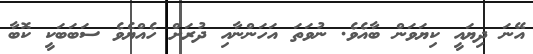
އޭނަ ދިޔައީ ކިޔަވަން ބާއެވެ. ނުވަތަ އަހަންނާއި ދުރަށް ހެއްޔެވެ ސަބަބަކީ ކޮބާ